Problem: 4 + 21 = ?
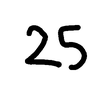
Handwritten answer: 25